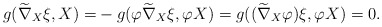
\begin{align*}g(\widetilde\nabla_{X}\xi, X)=&-g(\varphi\widetilde\nabla_{X}\xi, \varphi X)=g((\widetilde\nabla_{X}\varphi)\xi,\varphi X)=0.\end{align*}